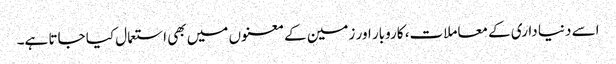
اسے دنیا داری کے معاملات، کاروبار اور زمین کے معنوں میں بھی استعمال کیا جاتا ہے۔